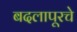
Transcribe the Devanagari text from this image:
बदलापूरचे